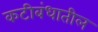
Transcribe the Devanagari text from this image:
कटीबंधातील